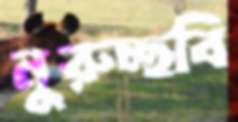
নুরুচ্ছবি